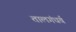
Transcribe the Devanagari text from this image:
तालगंधर्व